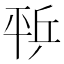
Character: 𰏨